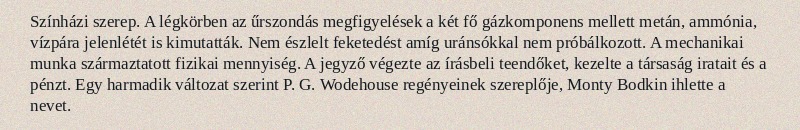
Színházi szerep. A légkörben az űrszondás megfigyelések a két fő gázkomponens mellett metán, ammónia, vízpára jelenlétét is kimutatták. Nem észlelt feketedést amíg uránsókkal nem próbálkozott. A mechanikai munka származtatott fizikai mennyiség. A jegyző végezte az írásbeli teendőket, kezelte a társaság iratait és a pénzt. Egy harmadik változat szerint P. G. Wodehouse regényeinek szereplője, Monty Bodkin ihlette a nevet.